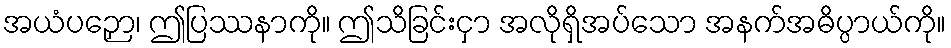
အယံပဉှော၊ ဤပြဿနာကို။ ဤသိခြင်းငှာ အလိုရှိအပ်သော အနက်အဓိပ္ပာယ်ကို။